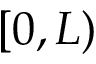
[ 0 , L )